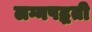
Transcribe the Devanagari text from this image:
लग्नपद्धती